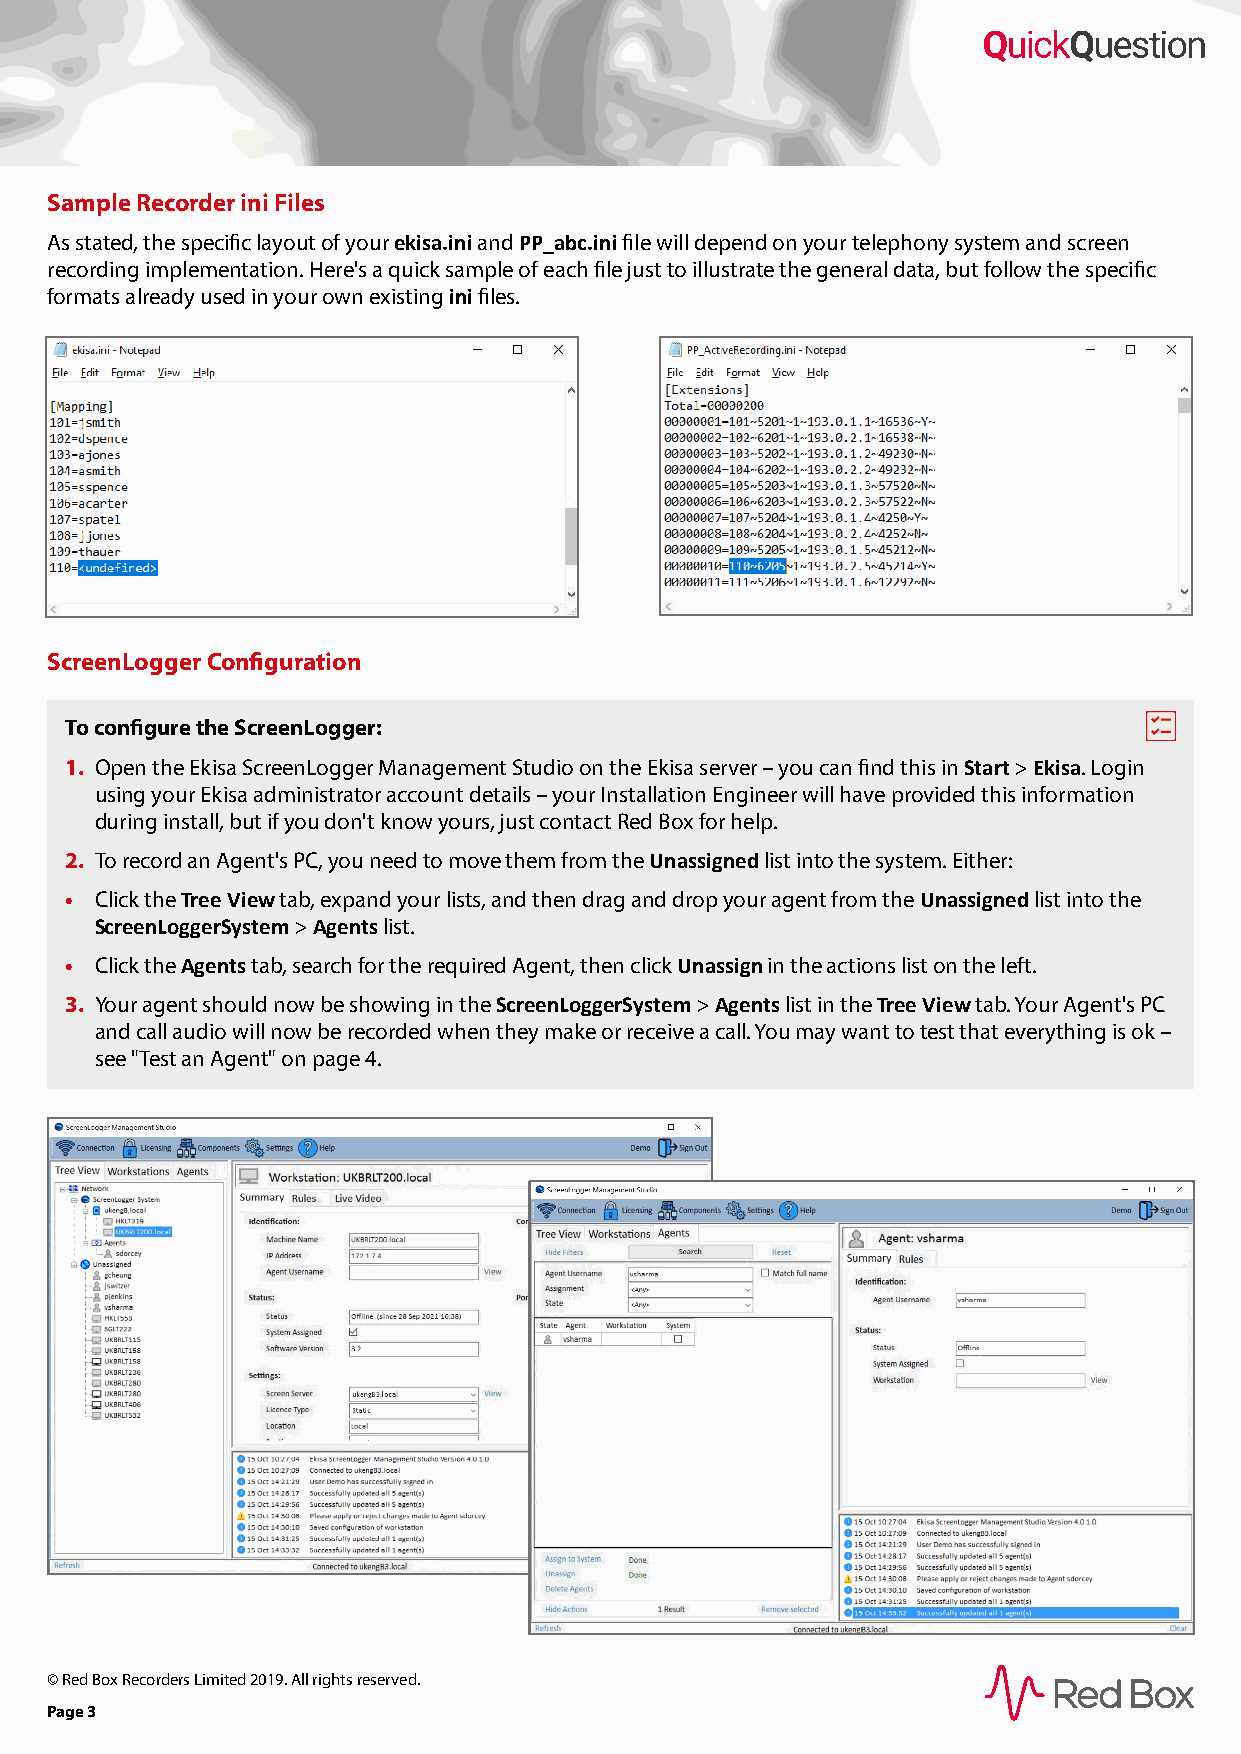
Sample Recorder ini Files
 As stated, the specific layout of your ekisa.ini and PP_abc.ini file will depend on your telephony system and screen
 recording implementation. Here's a quick sample of each file just to illustrate the general data, but follow the specific
 formats already used in your own existing ini files.
 ScreenLogger Configuration
 To configure the ScreenLogger:
 1. Open the Ekisa ScreenLogger Management Studio on the Ekisa server – you can find this in Start > Ekisa. Login
 using your Ekisa administrator account details – your Installation Engineer will have provided this information
 during install, but if you don't know yours, just contact Red Box for help.
 2. To record an Agent's PC, you need to move them from the Unassigned list into the system. Either:
 • Click the Tree View tab, expand your lists, and then drag and drop your agent from the Unassigned list into the
 ScreenLoggerSystem > Agents list.
 • Click the Agents tab, search for the required Agent, then click Unassign in the actions list on the left.
 3. Your agent should now be showing in the ScreenLoggerSystem > Agents list in the Tree View tab. Your Agent's PC
 and call audio will now be recorded when they make or receive a call. You may want to test that everything is ok –
 see "Test an Agent" on page 4.
 © Red Box Recorders Limited 2019. All rights reserved.
 Page 3